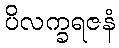
ပိလက္ခရဇနံ